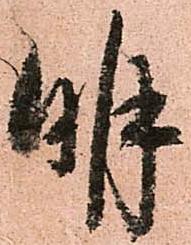
明